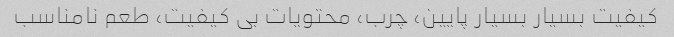
کیفیت بسیار بسیار پایین، چرب، محتویات بی کیفیت، طعم نامناسب